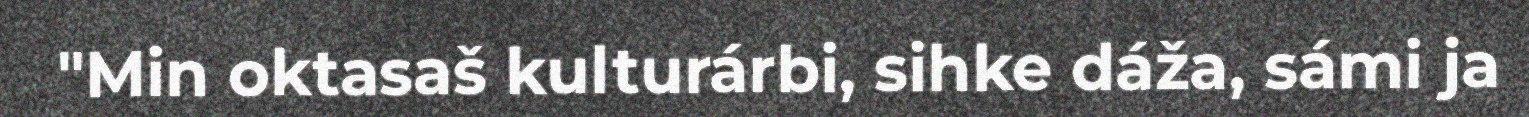
"Min oktasaš kulturárbi, sihke dáža, sámi ja